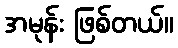
အမုန်း ဖြစ်တယ်။